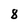
Character: 8